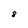
Character: 8